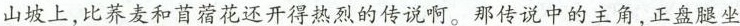
山坡上，比荞麦和苜蓿花还开得热烈的传说啊。那传说中的主角，正盘腿坐